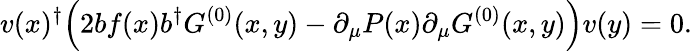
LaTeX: v(x)^{\dagger}\Bigl(2bf(x)b^{\dagger}G^{(0)}(x,y)-\partial_{\mu}P(x)\partial_{\mu}G^{(0)}(x,y)\Bigr)v(y)=0.